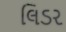
લિડર